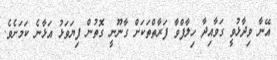
އޭނާ ވިދާޅުވީ ގަވާއިދާ ހިލާފްވާ ފަރާތްތަކަށް ގާނޫނީ ގޮތުން ފިޔަވަޅު އަޅާނެ ކަމަށެވެ.